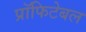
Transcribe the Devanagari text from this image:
प्रॉफिटेबल